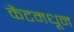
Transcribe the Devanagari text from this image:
केंटमधून